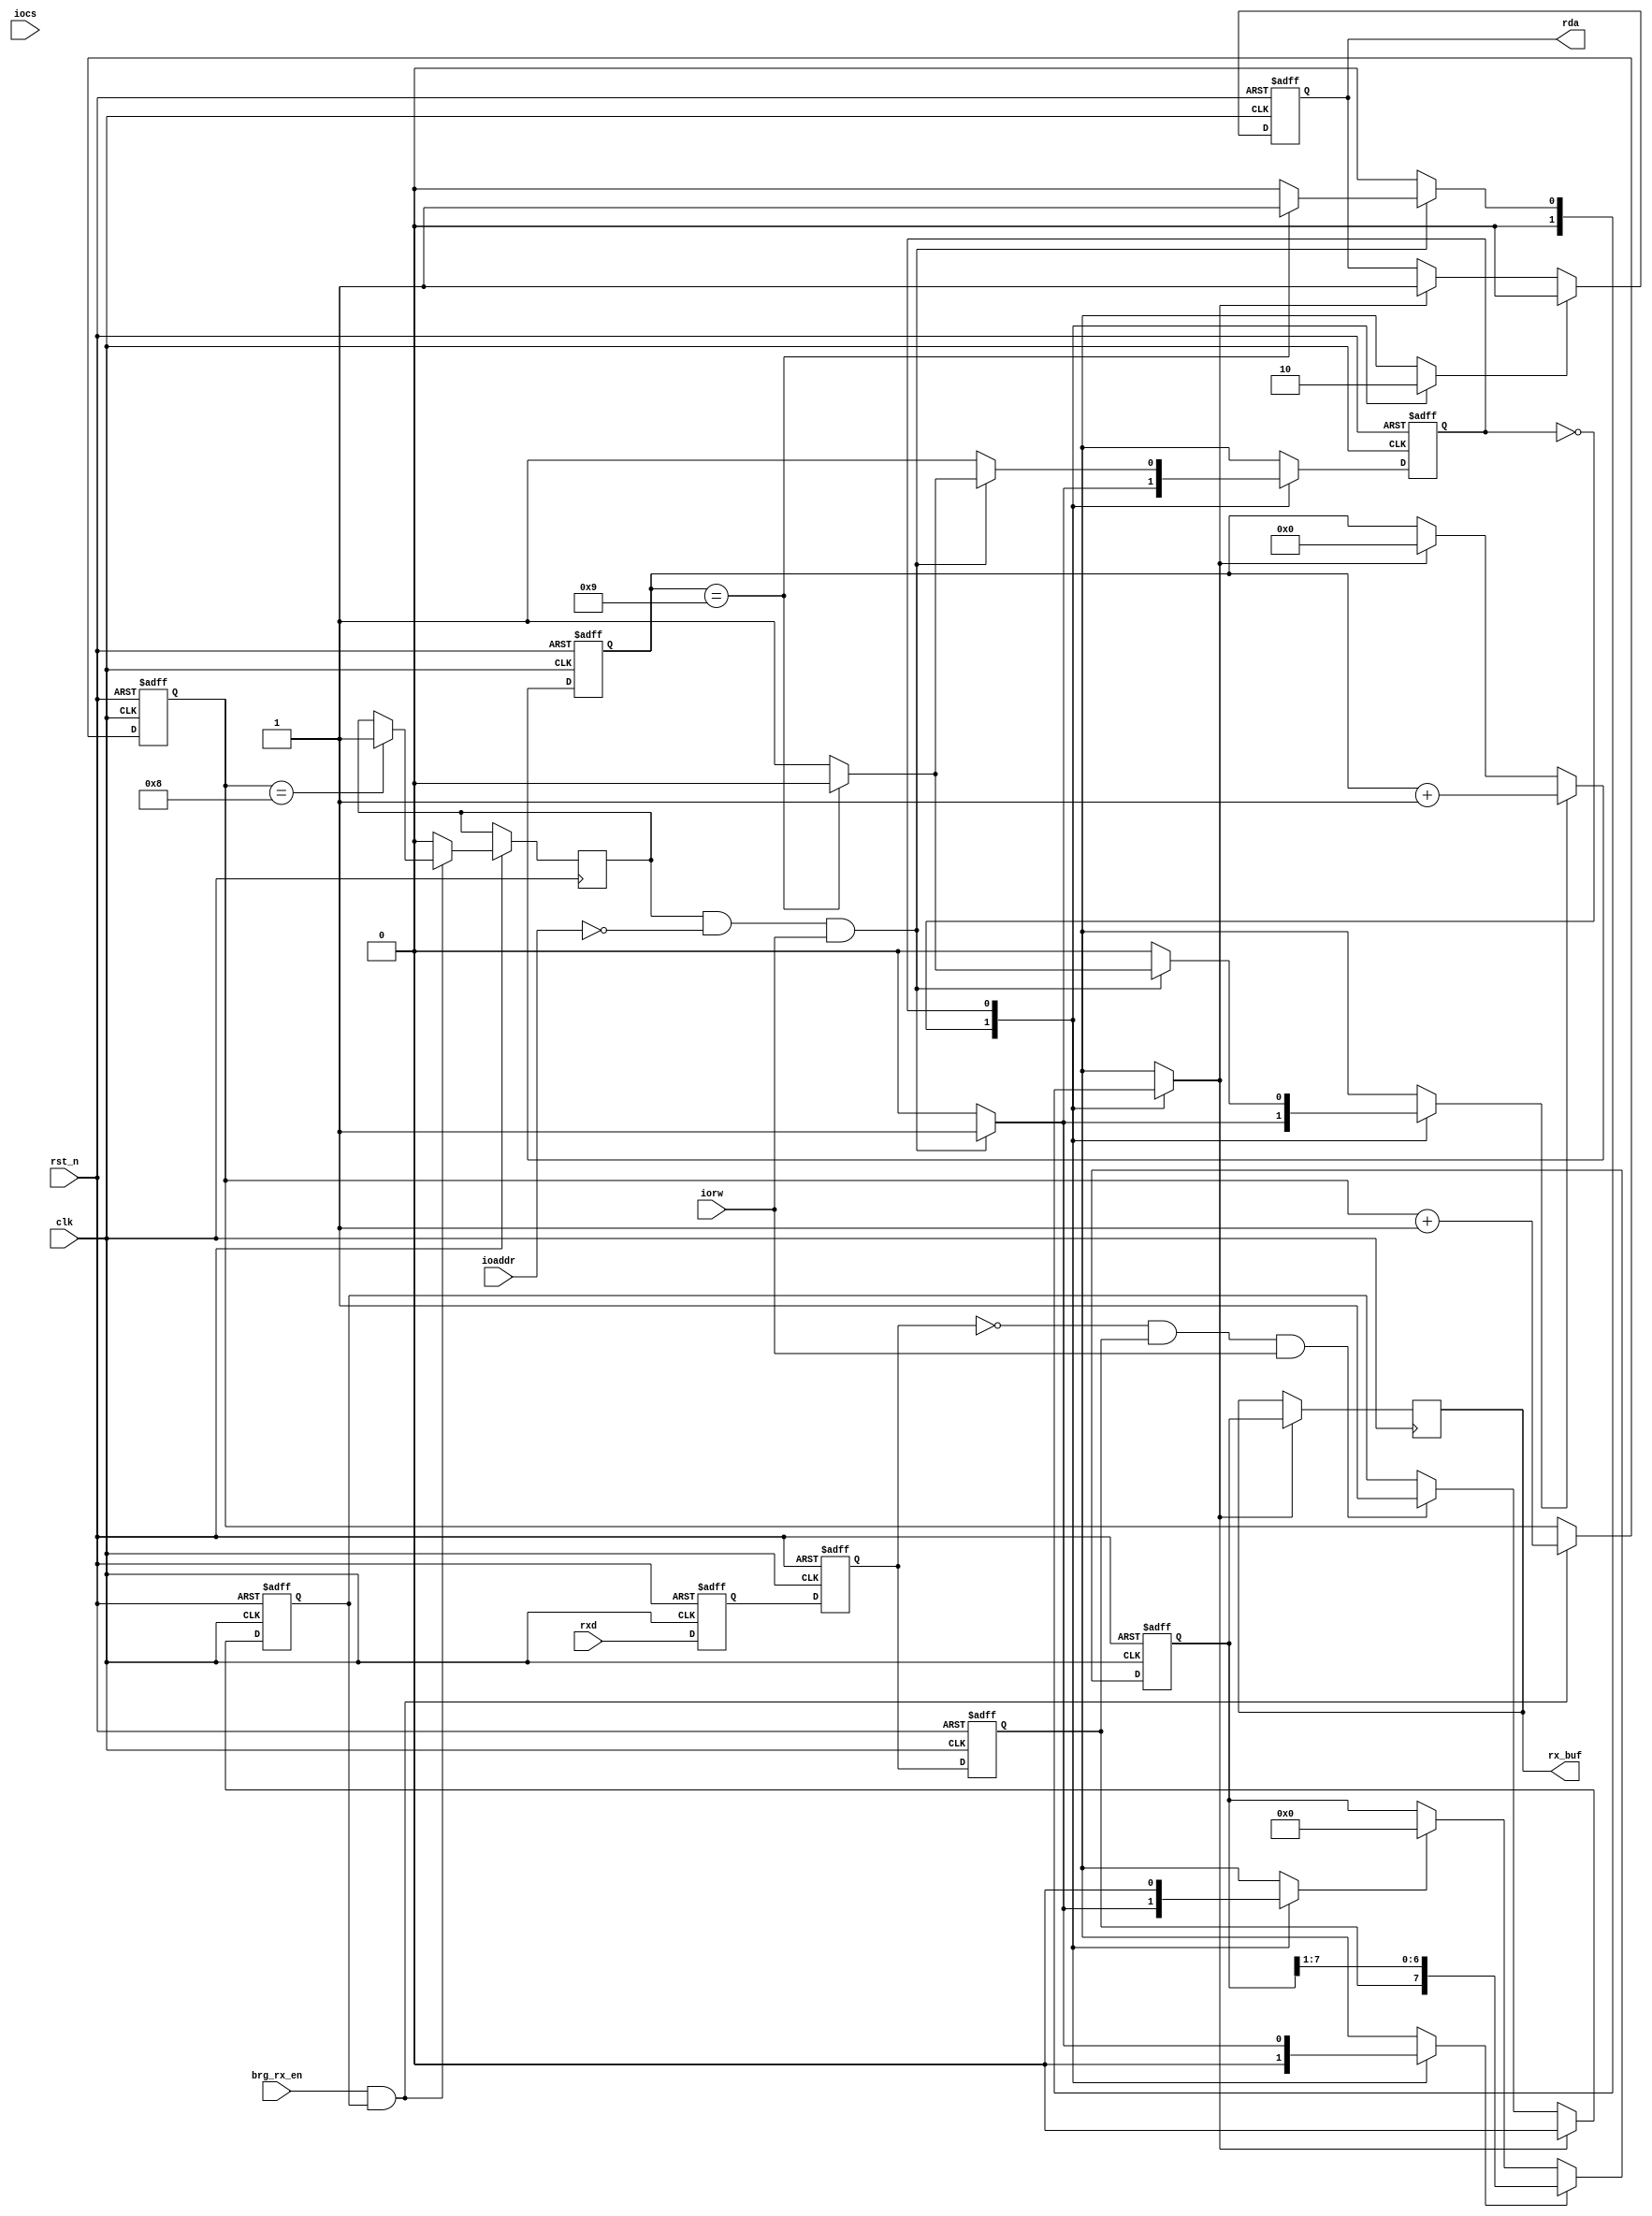
`timescale 1ns / 1ps
module receive(clk, rst_n, brg_rx_en, iocs, iorw, ioaddr, rx_buf, rxd, rda);

input clk, rst_n;
input iocs, iorw, brg_rx_en;
input [1:0] ioaddr;
output reg [7:0] rx_buf;
input rxd;
output reg rda;

reg rxd_f, rxd_stable, rxd_stable_d;
reg rst_cnt, inc_cnt;
reg rcv, rcv_en;
reg load_buf, clr_shift_reg;
reg clr_rda, set_rda;
reg rcv_start, clr_rcv_start;
reg [7:0] rx_shift_reg;
reg [3:0] rx_cnt;
reg [4:0] bit_cnt;

localparam IDLE=1'b0, RECEIVE=1'b1;
reg st, nxt_st;
//typedef enum reg {IDLE, RECEIVE} state;
//state st, nxt_st;

//metastability flop
always @(posedge clk, negedge rst_n) begin
    if (!rst_n) begin
        rxd_f <= 1'b0;
    end else begin
        rxd_f <= rxd;
    end
end

//delaying RxD by one cycle
always @(posedge clk, negedge rst_n) begin
    if (!rst_n) begin
        rxd_stable <= 1'b0;
    end else begin
        rxd_stable <= rxd_f;
    end
end

//delaying RxD by one more cycle
always @(posedge clk, negedge rst_n) begin
    if (!rst_n) begin
        rxd_stable_d <= 1'b0;
    end else begin
        rxd_stable_d <= rxd_stable;
    end
end

//detecting a 1 to 0 transition on RxD
//this flop will remain set unless explicitly cleared
always @(posedge clk, negedge rst_n) begin
    if(!rst_n) begin
        rcv_start <= 1'b0;
    end else begin
        if (clr_rcv_start)
            rcv_start <= 1'b0;
        else if ((rxd_stable == 1'b0) && (rxd_stable_d == 1'b1) && (iorw == 1'b1))
            rcv_start <= 1'b1;
        //else maintain
    end
end

//once start of packet is detected
//logic for keeping track of incoming enables from BRG and
//generating receive enables every 16 BRG enables
always @(posedge clk, negedge rst_n) begin
    if (!rst_n) begin
        rx_cnt <= 4'b0;
    end else begin
        //since the rate of enables is 16x the baud rate,
        //capturing the incoming bit at the next enable should work easily
        if(brg_rx_en && rcv_start) begin
            rx_cnt <= rx_cnt + 1;
            if(rx_cnt == 8) //a new enable is issued every time this 4-bit counter completes a loop
                rcv_en = 1'b1;
        end else begin
            rx_cnt <= rx_cnt;
            rcv_en = 1'b0;
        end
    end
end

//once 8-bits of data is received, it'll be copied into a buffer
//controlled by the state machine
always @(posedge clk) begin
    if(load_buf)
        rx_buf <= rx_shift_reg;
end

//capturing incoming data into a shift reg, as controlled by the state machine
always @(posedge clk, negedge rst_n) begin
    if (!rst_n) begin
        rx_shift_reg <= 8'h0;
    end else begin
        if (clr_shift_reg)
            rx_shift_reg <= 8'h0;
        if (rcv)
            //data comes in LSB first
            //enter data at MSB, so it makes its way to LSB
            rx_shift_reg <= {rxd_stable_d, rx_shift_reg[7:1]}; 
    end
end

//counter for keeping track for bits according to the baud rate
always @(posedge clk, negedge rst_n) begin
    if (!rst_n) begin
        bit_cnt <= 0;
    end else begin
        if (rst_cnt)
            bit_cnt <= 0;
        if (inc_cnt)
            bit_cnt <= bit_cnt +1;
    end
end

//transfer buffer ready signal
always @(posedge clk, negedge rst_n) begin
    if (!rst_n) begin
        rda <= 1'b0;
    end else begin
        if(clr_rda)
            rda <= 1'b0;
        else if (set_rda)
            rda <= 1'b1;
        // else maintain
    end
end

//SM
always @(posedge clk, negedge rst_n) begin
    if (!rst_n) begin
        st <= IDLE;
    end else begin
        st <= nxt_st;
    end
end

//State machine logic
always @(*) begin
rst_cnt = 1'b0;
inc_cnt = 1'b0;
clr_rda = 1'b0;
set_rda = 1'b0;
load_buf = 1'b0;
clr_rcv_start = 1'b0;
clr_shift_reg = 1'b0;
rcv = 1'b0;
    case (st)
        IDLE:
            //rcv_en is generated by looking at RxD for start bit
				//when data is incoming, bit count is incremented, RDA and shift reg are cleared
				//and state is changed to RECEIVE
            if (rcv_en && ioaddr == 2'b00 && iorw == 1'b1) begin
                inc_cnt = 1'b1;
                clr_rda = 1'b1;
                clr_shift_reg = 1'b1;
                nxt_st = RECEIVE;
            end else begin
                clr_rda = 1'b1;
                nxt_st = IDLE;
            end
        RECEIVE:
            //we generate a signal 'rcv' to sample a data bit and when 8 such bits have been sampled
				//we load that shift_reg to rx_buf, set RDA, reset counter, reset rcv_start
				//and change state to IDLE
            //RDA would be set only for one cycle, processor should poll
            if (rcv_en && ioaddr == 2'b00 && iorw == 1'b1) begin
                rcv = 1'b1;
                if (bit_cnt == 9) begin //when we have 1 start bit and 8 data bits 
                    load_buf = 1'b1;
                    set_rda = 1'b1;
                    rst_cnt = 1'b1;
                    clr_rcv_start = 1'b1;
                    nxt_st = IDLE;
                end else begin
                    inc_cnt = 1'b1;
                    nxt_st = RECEIVE;
                end
            end else begin
                nxt_st = RECEIVE;
            end
    endcase
end

endmodule